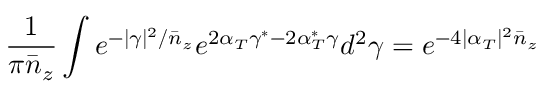
\frac { 1 } { \pi \bar { n } _ { z } } \int e ^ { - | \gamma | ^ { 2 } / \bar { n } _ { z } } e ^ { 2 \alpha _ { T } \gamma ^ { \ast } - 2 \alpha _ { T } ^ { \ast } \gamma } d ^ { 2 } \gamma = e ^ { - 4 | \alpha _ { T } | ^ { 2 } \bar { n } _ { z } }